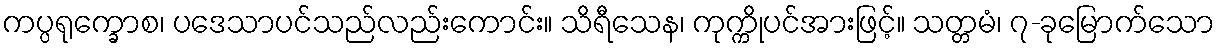
ကပ္ပရုက္ခောစ၊ ပဒေသာပင်သည်လည်းကောင်း။ သိရီသေန၊ ကုက္ကိုပင်အားဖြင့်။ သတ္တမံ၊ ၇-ခုမြောက်သော